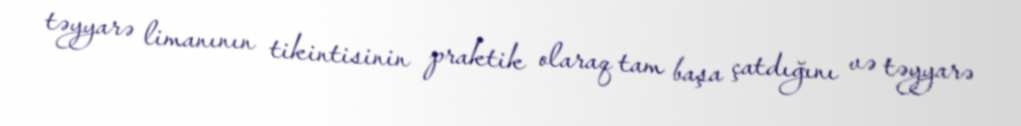
təyyarə limanının tikintisinin praktik olaraq tam başa çatdığını və təyyarə